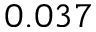
0 . 0 3 7